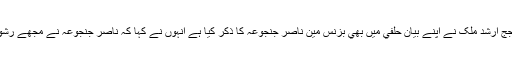
احتساب عدالت کے جج ارشد ملک نے اپنے بيان حلفي ميں بھي بزنس مين ناصر جنجوعہ کا ذکر کيا ہے انہوں نے کہا کہ ناصر جنجوعہ نے مجھے رشوت کي پيشکش کي ۔